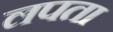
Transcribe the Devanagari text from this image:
लपता